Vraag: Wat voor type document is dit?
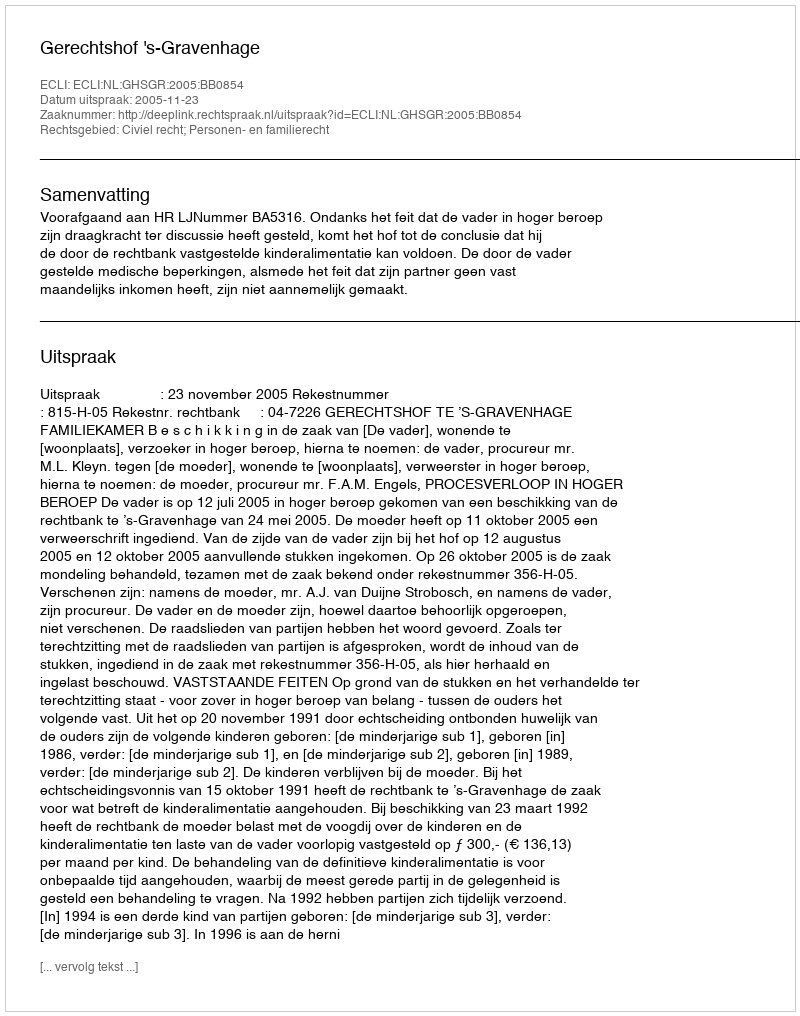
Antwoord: Uitspraak